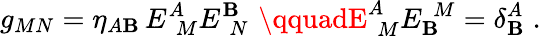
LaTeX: g_{MN}=\eta_{A\mathbf{B}}\, E_{\, \, M}^{A}E_{\, \, N}^{\mathbf{B}}\, \, \qquadE_{\, \, M}^{A}E_{\mathbf{B}}^{\, \, M}=\delta_{\mathbf{B}}^{A}\; .